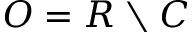
O = R \setminus C